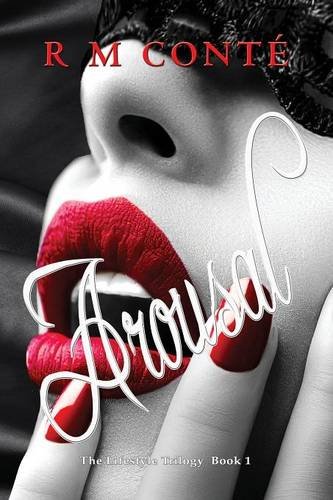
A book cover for Arousal; R M ContÃ©; Romance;